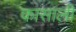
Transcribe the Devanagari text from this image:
कासाली